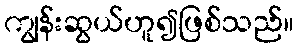
ကျွန်းဆွယ်ဟူ၍ဖြစ်သည်။